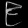
Digit: ၉